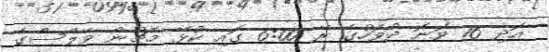
އަަދި 16 ވަނަ ދުވަހުގެ ރޭ 6:00 ގައި ކުޅޭ މެޗުން ވޭލްސްގެ